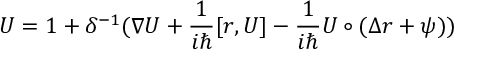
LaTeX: U = 1 + \delta ^ { - 1 } ( \nabla U + \frac 1 { i \hbar } [ r , U ] - \frac 1 { i \hbar } U \circ ( \Delta r + \psi ) )